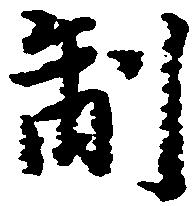
制